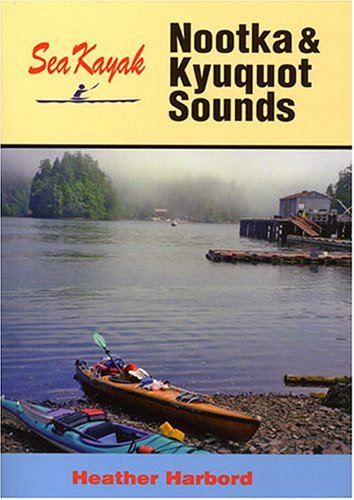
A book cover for Sea Kayak Nootka & Kyuquot Sound; Heather Harbord; Sports & Outdoors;